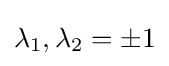
\lambda _{1},\lambda _{2}=\pm 1